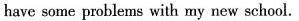
have some problems with my new school.